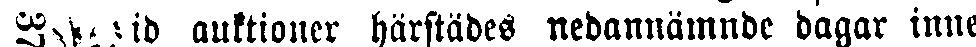
wid auktioner härstädes nedannämnde dagar inne-